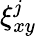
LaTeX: \xi_{xy}^{j}